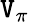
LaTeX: \mathtt{V}_{\pi}